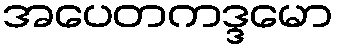
အပေတကဒ္ဒမော